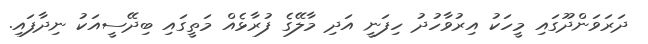
ދަރަވަންދޫގައި މީހަކު އިރުވާހުދު ހިފަނީ އަދި މާލޭގެ ފުރާޅެއް މަތީގައި ބިދޭސީއަކު ނިދާފައި.